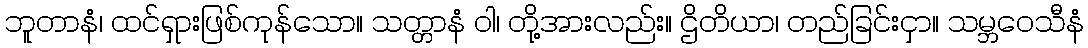
ဘူတာနံ၊ ထင်ရှားဖြစ်ကုန်သော။ သတ္တာနံ ဝါ၊ တို့အားလည်း။ ဌိတိယာ၊ တည်ခြင်းငှာ။ သမ္ဘဝေသီနံ